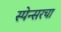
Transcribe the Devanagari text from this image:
स्पेन्सरचा